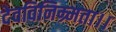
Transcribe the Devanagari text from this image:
देवविनिम्र्मता।।